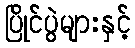
ပြိုင်ပွဲများနှင့်